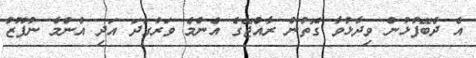
އެ ދެބޭފުޅުން ވިދާޅުވާ ގޮތުން ރާއްޖޭގެ އެންމެ ވަރުގަދަ އަދި އެންމެ ނުފޫޒު